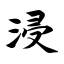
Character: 浸